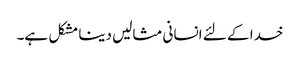
خدا کے لئے انسانی مثالیں دینا مشکل ہے۔